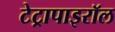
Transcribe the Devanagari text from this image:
टेट्रापाइरॉल